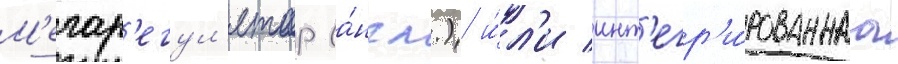
М'егар'егул'ятор (а́нгл.) и́л'и инт'егр'и́рованнаа